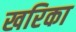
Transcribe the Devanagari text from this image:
खरिका